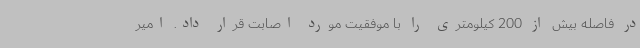
در فاصله بیش از 200 کیلومتری را با موفقیت مورد اصابت قرار داد. امیر